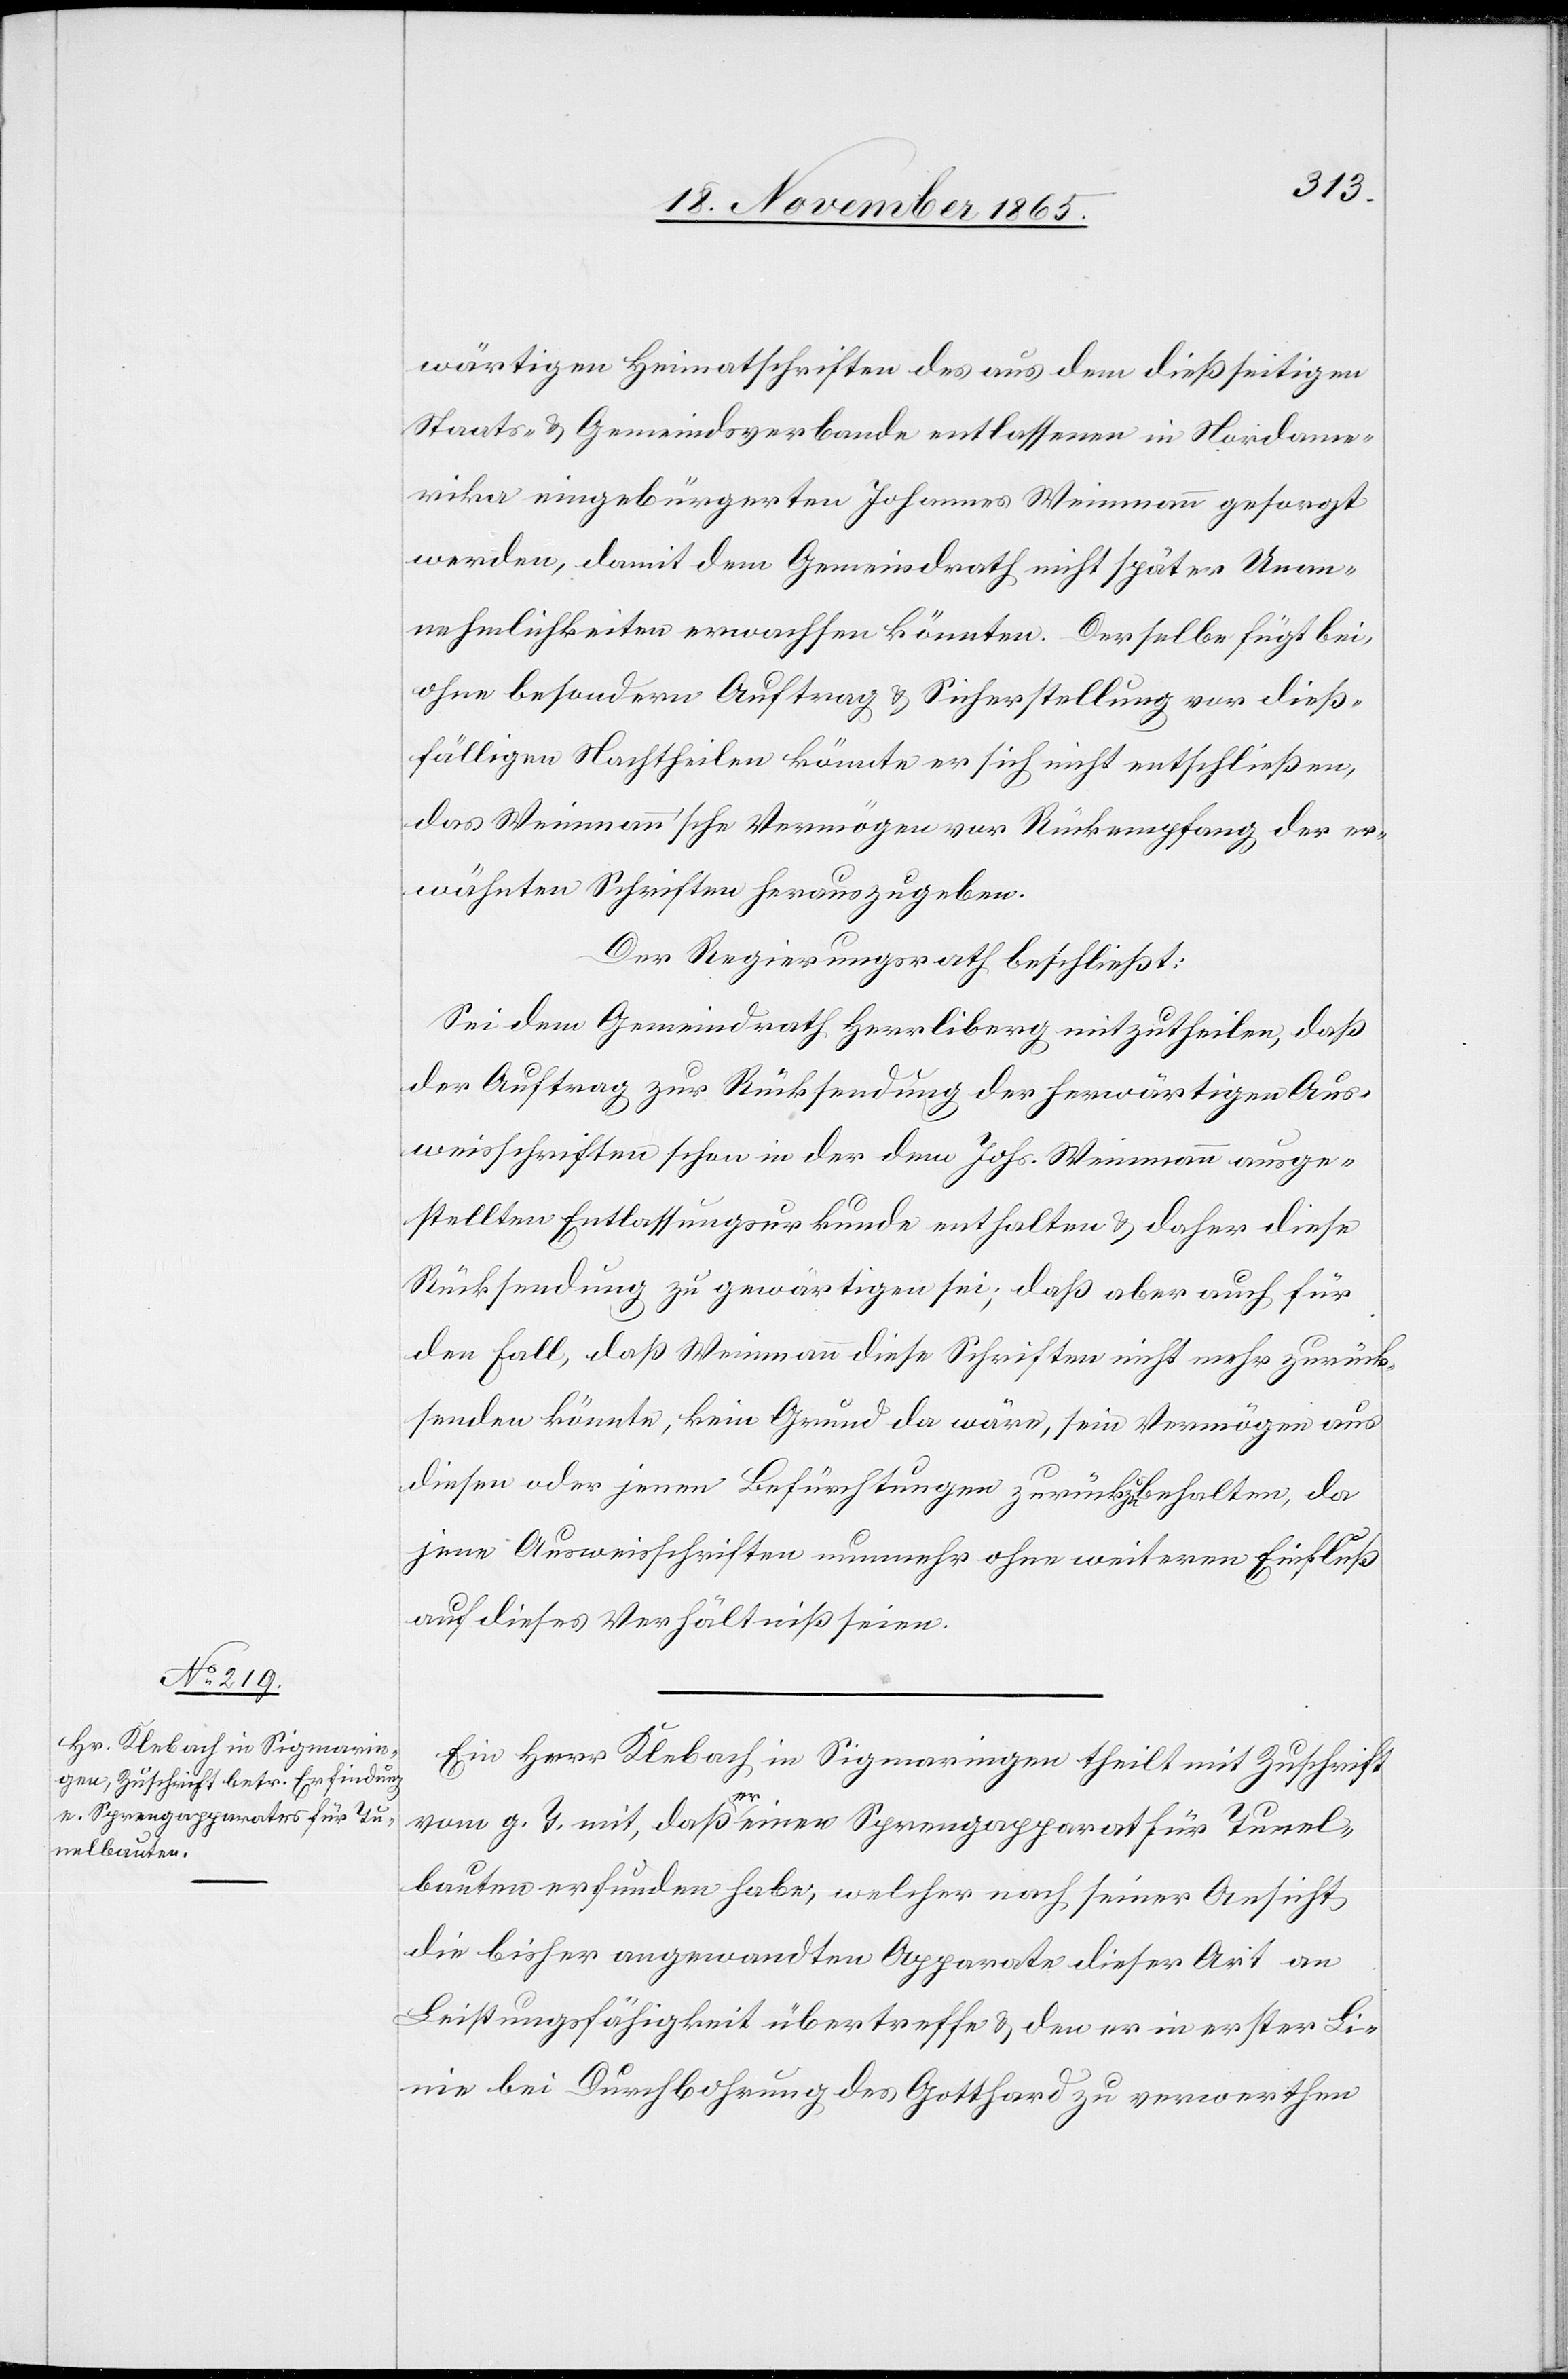
wärtigen Heimatschriften des aus dem dießseitigen
Staats- & Gemeindsverbande entlassenen in Nordame¬
rika eingebürgerten Johannes Weinmann gesorgt
werden, damit dem Gemeindrath nicht später Unan¬
nehmlichkeiten erwachsen könnten. Derselbe fügt bei,
ohne besondern Auftrag & Sicherstellung vor dieß¬
fälligen Nachtheilen könnte er sich nicht entschließen,
das Weinmann’sche Vermögen vor Rückempfang der er¬
wähnten Schriften herauszugeben.
Der Regierungsrath beschließt:
Sei dem Gemeindrath Herrliberg mitzutheilen, daß
der Auftrag zur Rücksendung der herwärtigen Aus¬
weisschriften schon in der dem Johs. Weinmann ausge¬
stellten Entlassungsurkunde enthalten & daher diese
Rücksendung zu gewärtigen sei; daß aber auch für
den Fall, daß Weinmann diese Schriften nicht mehr zurück¬
senden könnte, kein Grund da wäre, sein Vermögen aus
diesen oder jenen Befürchtungen zurückzuhalten, da
jene Ausweisschriften nunmehr ohne weitern Einfluß
auf dieses Verhältniß seien.
Ein Herr Klebach in Sigmaringen theilt mit Zuschrift
vom g. T. mit, daß a-er-a einen Sprengapparat für Tunnel¬
bauten erfunden habe, welcher nach seiner Ansicht
die bisher angewandten Apparate dieser Art an
Leistungsfähigkeit übertreffe & den er in erster Li¬
nie bei Durchbohrung des Gotthard zu verwerthen